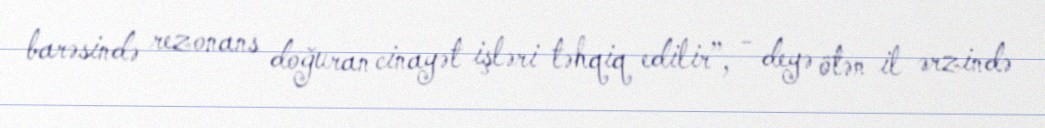
barəsində rezonans doğuran cinayət işləri təhqiq edilir”, - deyə ötən il ərzində